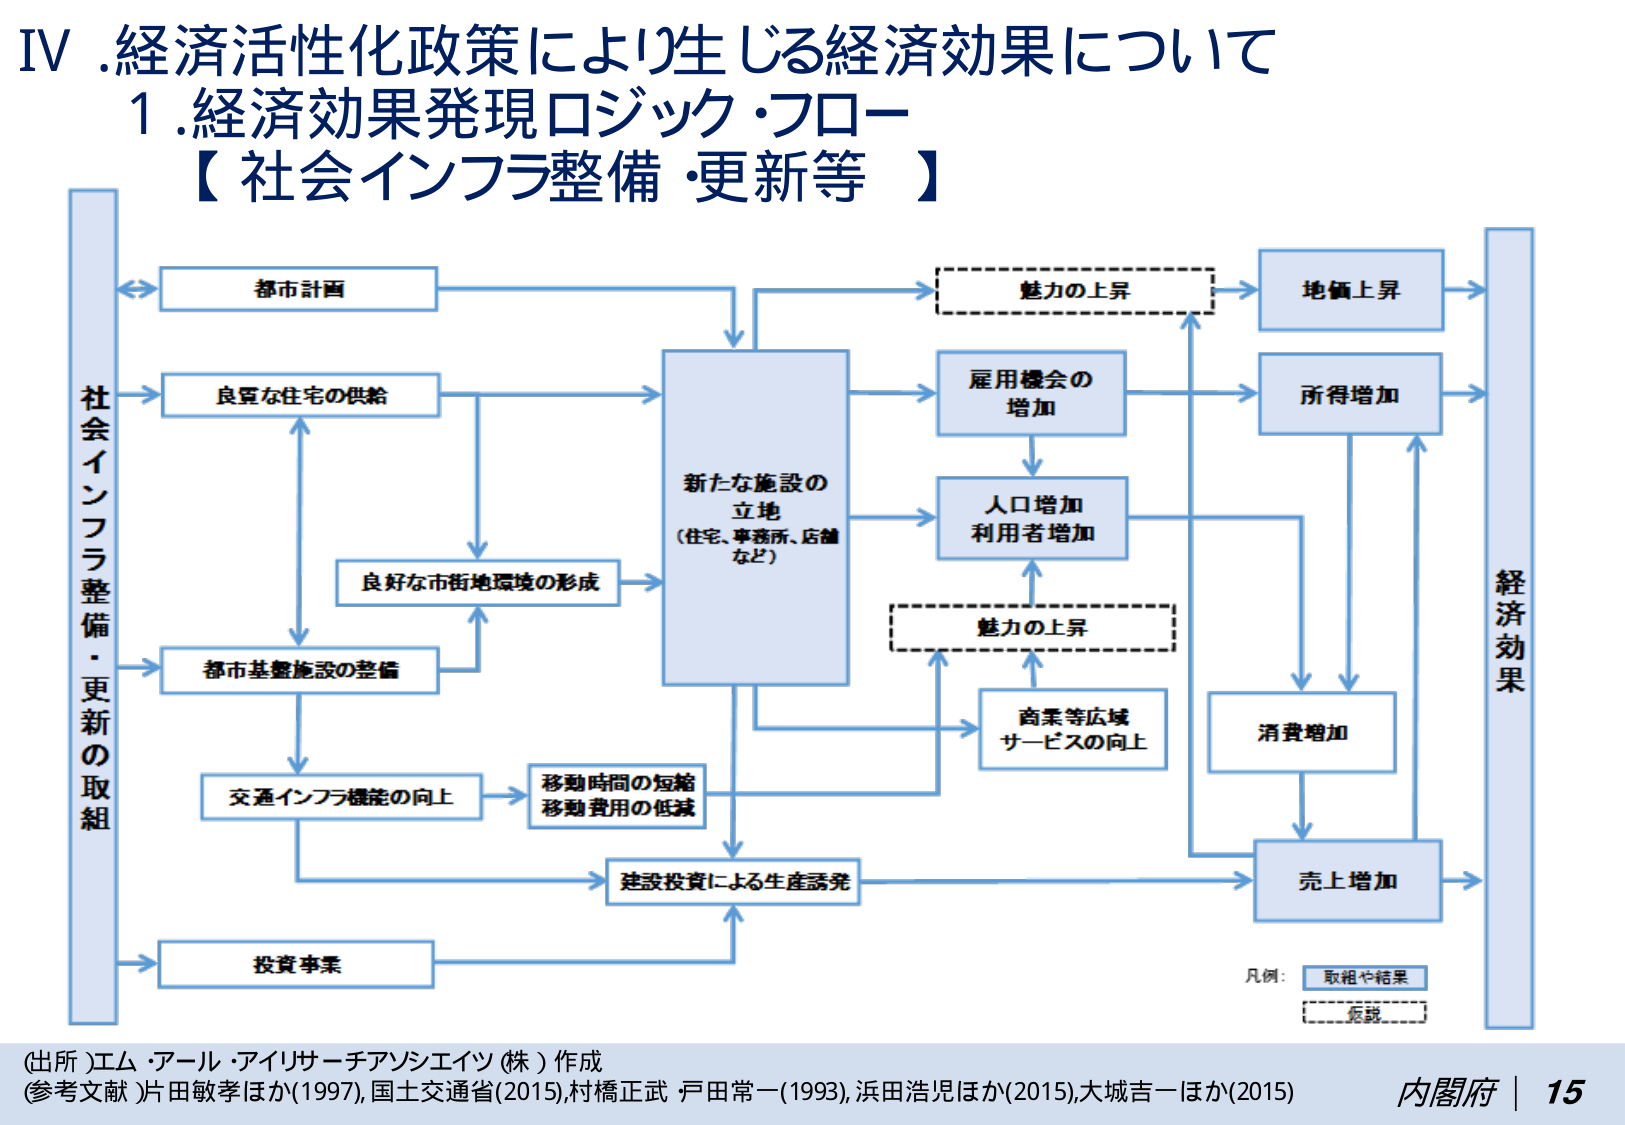
IV. 経済活性化政策により生じる経済効果について
1. 経済効果発現ロジック・フロー
【社会インフラ整備・更新等】

社会インフラ整備・更新の取組
→ 都市計画
→ 良質な住宅の供給
→ 都市基盤施設の整備
→ 交通インフラ機能の向上
→ 投資事業

都市計画 → 魅力の上昇 → 地価上昇
良質な住宅の供給 → 新たな施設の立地（住宅、事務所、店舗など）
都市基盤施設の整備 → 良好な市街地環境の形成 → 新たな施設の立地
交通インフラ機能の向上 → 移動時間の短縮、移動費用の低減 → 建設投資による生産誘発
投資事業 → 建設投資による生産誘発

新たな施設の立地 → 雇用機会の増加 → 所得増加
新たな施設の立地 → 人口増加、利用者増加 → 魅力の上昇
新たな施設の立地 → 商業等広域サービスの向上 → 魅力の上昇

雇用機会の増加 → 所得増加
人口増加、利用者増加 → 消費増加
商業等広域サービスの向上 → 消費増加
建設投資による生産誘発 → 売上増加

所得増加 → 消費増加
消費増加 → 売上増加
売上増加 → 経済効果

魅力の上昇 → 地価上昇
魅力の上昇 → 所得増加

凡例：
取組や結果
仮説

(出所) エム・アール・アイリサーチアンシエイツ（株）作成
(参考文献) 片田敏孝ほか(1997), 国土交通省(2015), 村橋正武 戸田常一(1993), 浜田浩児ほか(2015), 大城吉一ほか(2015)
内閣府 | 15